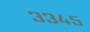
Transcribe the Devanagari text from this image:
३३४५